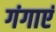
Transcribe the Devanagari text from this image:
गंगाएं